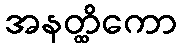
အနတ္ထိကော